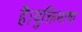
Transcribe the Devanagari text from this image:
है।युक्तिभाषा